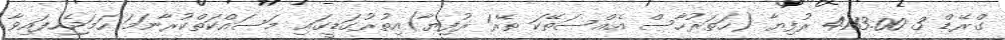
ގްރޭޑް 3 4113.00 ރުފިޔާ (ހަތަރުހާސް އެއްސަތޭކަ ތޭރަ ރުފިޔާ)އިތުރުގަޑީގައި މަސައްކަތްކުރާނަމަ ހަމަޖެހިފައިވާ